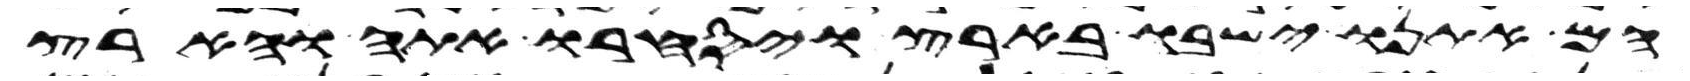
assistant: הם אתנו ישבו בארץ ויסחרו אתה והארץ